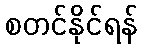
စတင်နိုင်ရန်